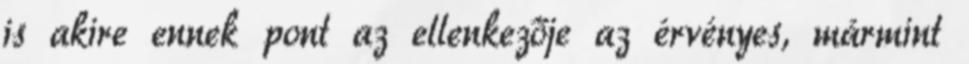
is akire ennek pont az ellenkezője az érvényes, mármint